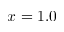
x = 1 . 0